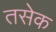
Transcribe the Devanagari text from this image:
तसेक